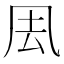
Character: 𠘾